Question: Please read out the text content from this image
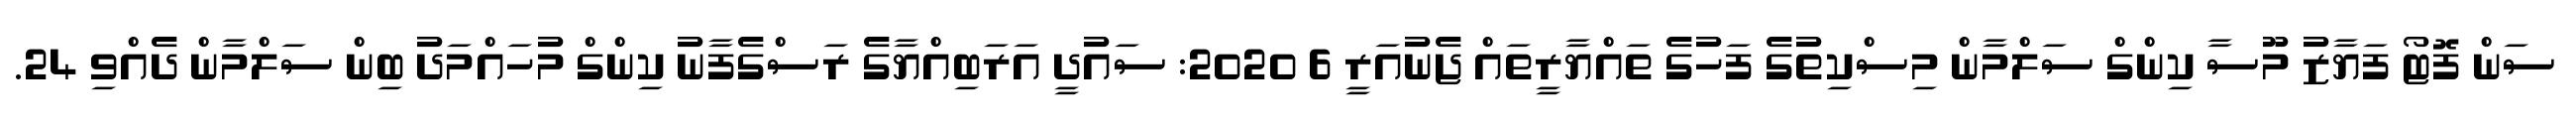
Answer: ސަން ފޮޓޯ ފަޔާޒު މޫސާ ކިންގް ސަލްމާން މިސްކިތުގެ ފަހުގެ ތައްޔާރީތައް ޖެނުއަރީ 6 2020: ސައުދީ އަރަބިއްޔާގެ ރަސްގެފާނު ކިންގް މުހައްމަދު ބިން ސަލްމާން ދެއްވި 24.